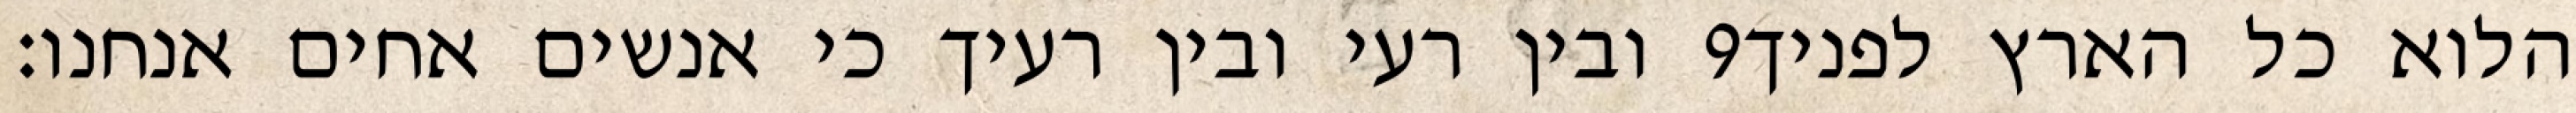
ובין רעי ובין רעיך כי אנשים אחים אנחנו׃ ‎9‏ הלוא כל הארץ לפניך